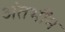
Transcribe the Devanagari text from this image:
अंतभौंम